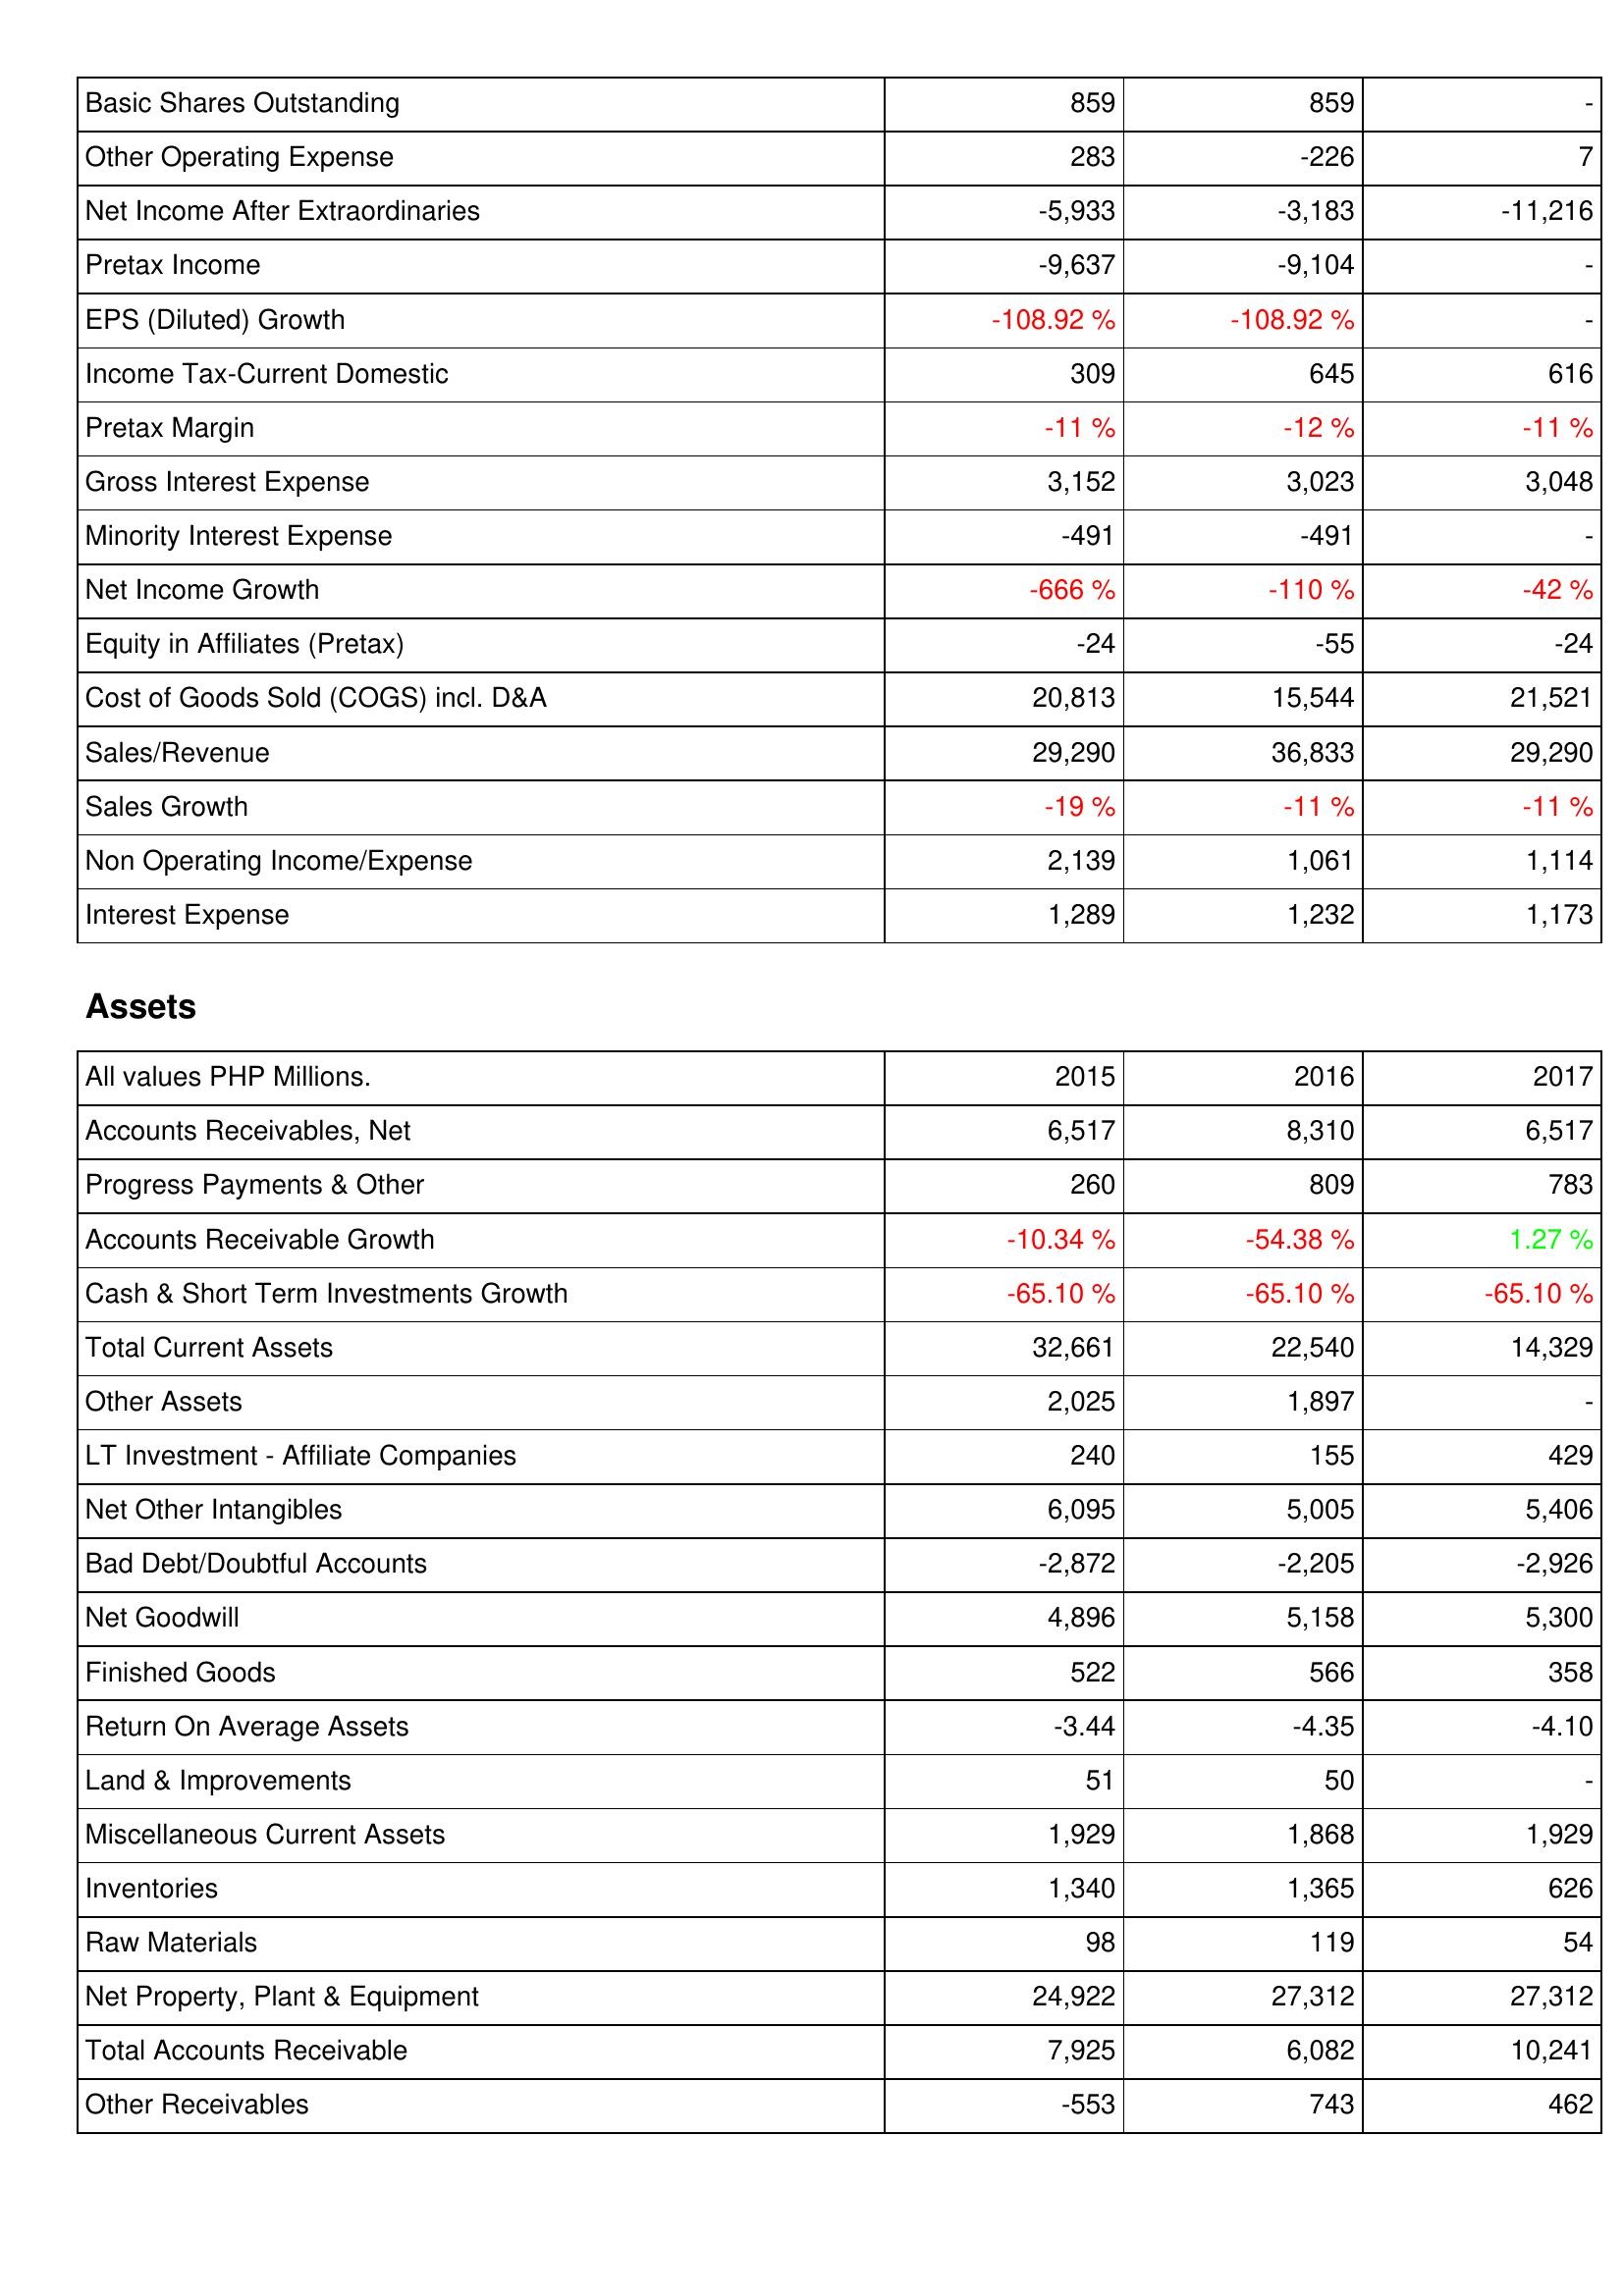
2015: Income Statement: Basic Shares Outstanding: 859
Other Operating Expense: 283
Net Income After Extraordinaries: -5,933
Pretax Income: -9,637
EPS (Diluted) Growth: -108.92 %
Income Tax-Current Domestic: 309
Pretax Margin: -11 %
Gross Interest Expense: 3,152
Minority Interest Expense: -491
Net Income Growth: -666 %
Equity in Affiliates (Pretax): -24
Cost of Goods Sold (COGS) incl. D&A: 20,813
Sales/Revenue: 29,290
Sales Growth: -19 %
Non Operating Income/Expense: 2,139
Interest Expense: 1,289
Assets: Accounts Receivables, Net: 6,517
Progress Payments & Other: 260
Accounts Receivable Growth: -10.34 %
Cash & Short Term Investments Growth: -65.10 %
Total Current Assets: 32,661
Other Assets: 2,025
LT Investment - Affiliate Companies: 240
Net Other Intangibles: 6,095
Bad Debt/Doubtful Accounts: -2,872
Net Goodwill: 4,896
Finished Goods: 522
Return On Average Assets: -3.44
Land & Improvements: 51
Miscellaneous Current Assets: 1,929
Inventories: 1,340
Raw Materials: 98
Net Property, Plant & Equipment: 24,922
Total Accounts Receivable: 7,925
Other Receivables: -553
2016: Income Statement: Basic Shares Outstanding: 859
Other Operating Expense: -226
Net Income After Extraordinaries: -3,183
Pretax Income: -9,104
EPS (Diluted) Growth: -108.92 %
Income Tax-Current Domestic: 645
Pretax Margin: -12 %
Gross Interest Expense: 3,023
Minority Interest Expense: -491
Net Income Growth: -110 %
Equity in Affiliates (Pretax): -55
Cost of Goods Sold (COGS) incl. D&A: 15,544
Sales/Revenue: 36,833
Sales Growth: -11 %
Non Operating Income/Expense: 1,061
Interest Expense: 1,232
Assets: Accounts Receivables, Net: 8,310
Progress Payments & Other: 809
Accounts Receivable Growth: -54.38 %
Cash & Short Term Investments Growth: -65.10 %
Total Current Assets: 22,540
Other Assets: 1,897
LT Investment - Affiliate Companies: 155
Net Other Intangibles: 5,005
Bad Debt/Doubtful Accounts: -2,205
Net Goodwill: 5,158
Finished Goods: 566
Return On Average Assets: -4.35
Land & Improvements: 50
Miscellaneous Current Assets: 1,868
Inventories: 1,365
Raw Materials: 119
Net Property, Plant & Equipment: 27,312
Total Accounts Receivable: 6,082
Other Receivables: 743
2017: Income Statement: Basic Shares Outstanding: -
Other Operating Expense: 7
Net Income After Extraordinaries: -11,216
Pretax Income: -
EPS (Diluted) Growth: -
Income Tax-Current Domestic: 616
Pretax Margin: -11 %
Gross Interest Expense: 3,048
Minority Interest Expense: -
Net Income Growth: -42 %
Equity in Affiliates (Pretax): -24
Cost of Goods Sold (COGS) incl. D&A: 21,521
Sales/Revenue: 29,290
Sales Growth: -11 %
Non Operating Income/Expense: 1,114
Interest Expense: 1,173
Assets: Accounts Receivables, Net: 6,517
Progress Payments & Other: 783
Accounts Receivable Growth: 1.27 %
Cash & Short Term Investments Growth: -65.10 %
Total Current Assets: 14,329
Other Assets: -
LT Investment - Affiliate Companies: 429
Net Other Intangibles: 5,406
Bad Debt/Doubtful Accounts: -2,926
Net Goodwill: 5,300
Finished Goods: 358
Return On Average Assets: -4.10
Land & Improvements: -
Miscellaneous Current Assets: 1,929
Inventories: 626
Raw Materials: 54
Net Property, Plant & Equipment: 27,312
Total Accounts Receivable: 10,241
Other Receivables: 462